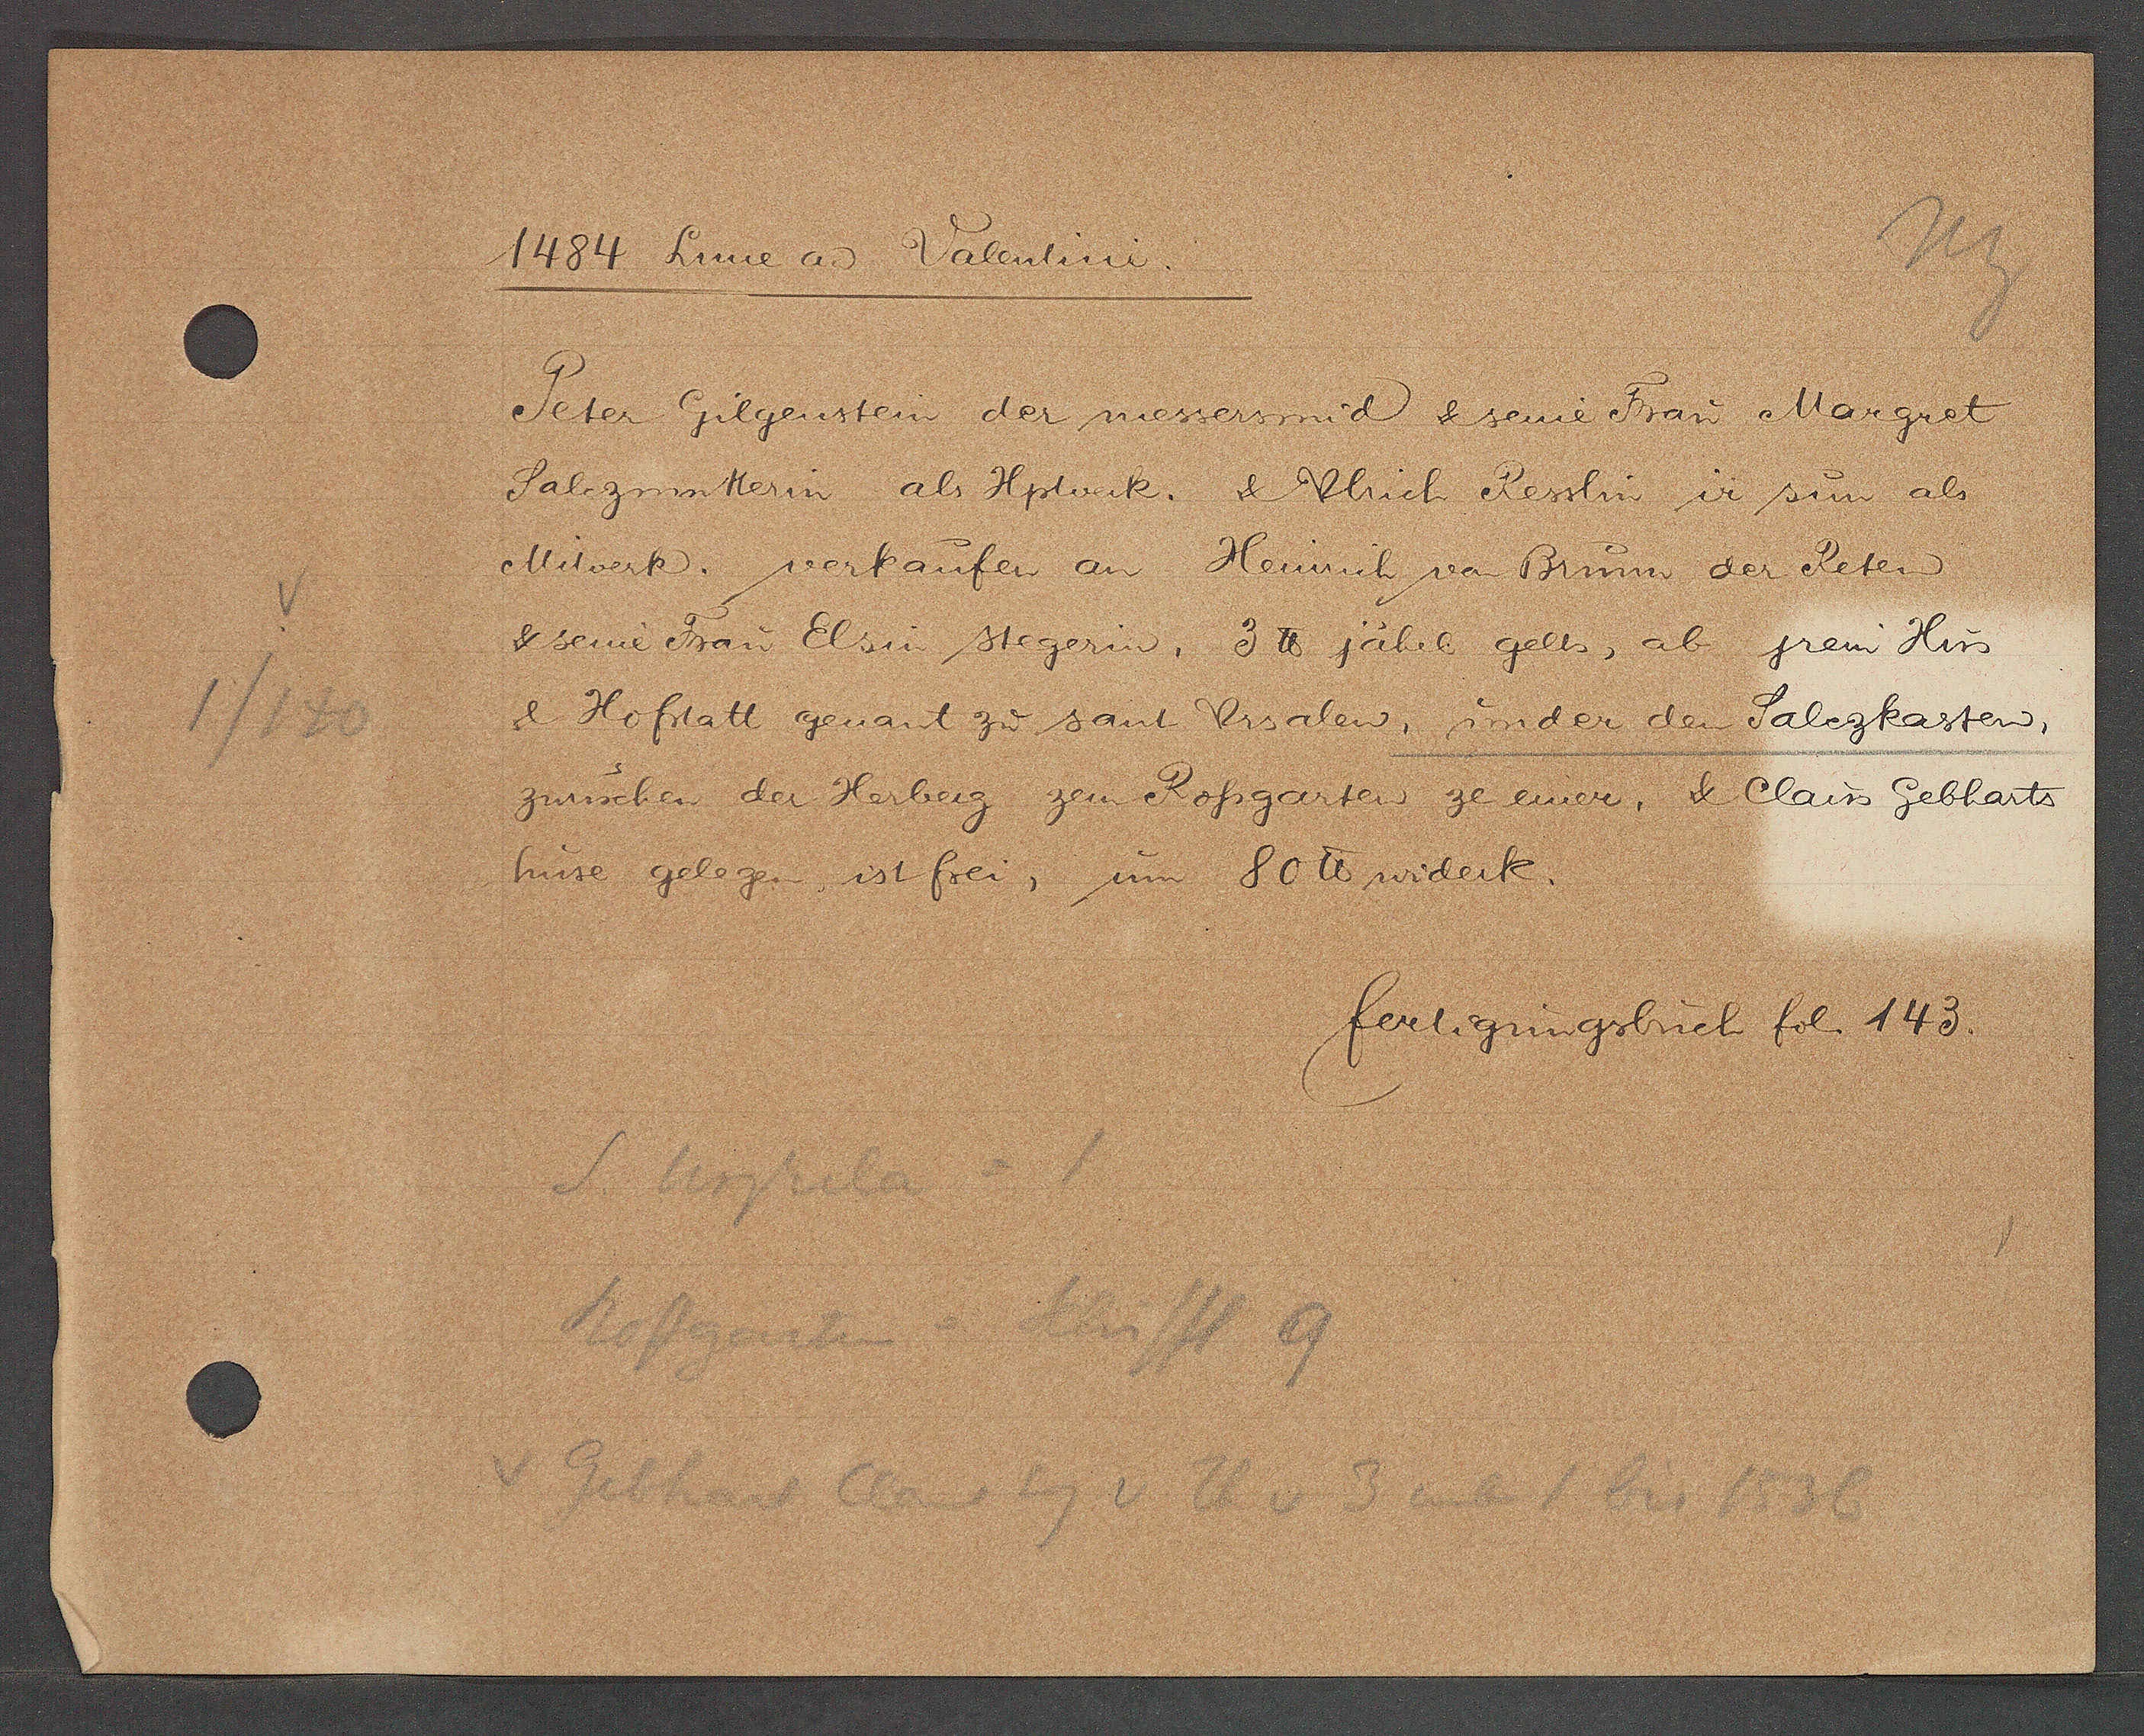
Transcript:
1/140

Valentini.
1484 Lune aȵ

Peter Gilgenstein der messersmid & seine Frau Margret
Salzmatterin als Hptverk. & Ulrich Resslin ir sun als
Mitwerk, verkaufen an Heinrich von Brunn der Peter
& seine Frau Elsin stegerin, 3 ℔ jährl gelts, ab jrem Hus
& Hofstatt genant zu sant Ursalen, under den Salezkasten,
zwüschen der Herberg zem Rossgarten ze einer, & Claus Gebharts
um 80 ℔ widerk.
huse gelegen, ist frei,

fertigungsbuch fol. 143.